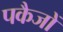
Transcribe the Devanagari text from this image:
पकैजों